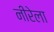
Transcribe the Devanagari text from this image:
नीरेला